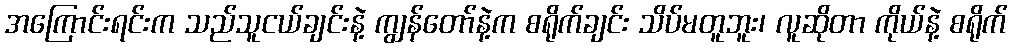
အကြောင်းရင်းက သည်သူငယ်ချင်းနဲ့ ကျွန်တော်နဲ့က စရိုက်ချင်း သိပ်မတူဘူး၊ လူဆိုတာ ကိုယ်နဲ့ စရိုက်